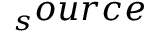
{ _ s o u r c e }